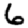
Digit: 6